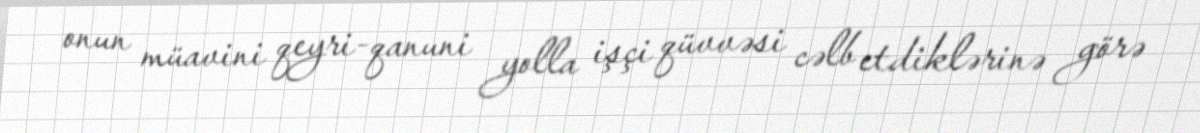
onun müavini qeyri-qanuni yolla işçi qüvvəsi cəlb etdiklərinə görə